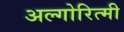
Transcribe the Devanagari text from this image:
अल्गोरित्मी